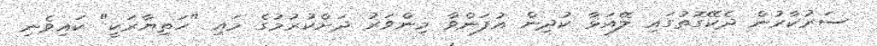
ސަރުކާރުން ދެކޭގޮތުގައި ލޭއަޅާ ކުދިން އުފަންވާ މިންވަރު ދަށްކުރުމުގެ މައި "ހަތިޔާރަކީ" ކައިވެނި